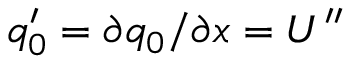
q _ { 0 } ^ { \prime } = \partial q _ { 0 } / \partial x = U ^ { \prime \prime }